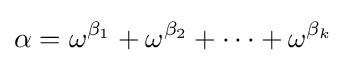
\alpha =\omega ^{\beta _{1}}+\omega ^{\beta _{2}}+\cdots +\omega ^{\beta _{k}}